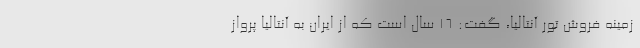
زمینه فروش تور آنتالیا، گفت: ۱۶ سال است که از ایران به آنتالیا پرواز